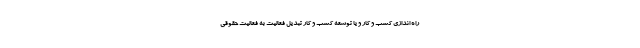
راه اندازی کسب و کار و یا توسعه کسب و کار تبدیل فعالیت به فعالیت حقوقی